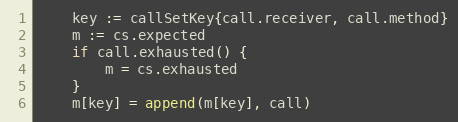
Language: Go
	key := callSetKey{call.receiver, call.method}
	m := cs.expected
	if call.exhausted() {
		m = cs.exhausted
	}
	m[key] = append(m[key], call)